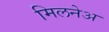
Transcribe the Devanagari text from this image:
मिलनेअ